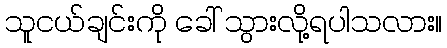
သူငယ်ချင်းကို ခေါ် သွားလို့ရပါသလား။